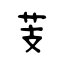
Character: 芰